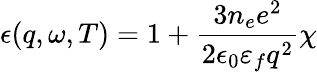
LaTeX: \epsilon(q,\omega,T)=1+\frac{3n_{e}e^{2}}{2\epsilon_{0}\varepsilon_{f}q^{2}}\chi